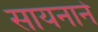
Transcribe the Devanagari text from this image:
सायनाने